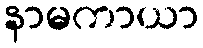
နာမကာယာ